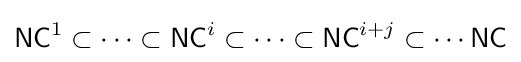
{\mathsf {NC}}^{1}\subset \cdots \subset {\mathsf {NC}}^{i}\subset \cdots \subset {\mathsf {NC}}^{i+j}\subset \cdots {\mathsf {NC}}